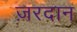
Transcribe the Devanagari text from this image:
ज़रदान